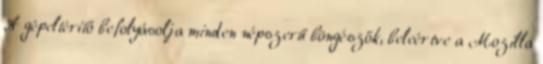
A gépeltérítő befolyásolja minden népszerű böngészők, beleértve a Mozilla